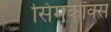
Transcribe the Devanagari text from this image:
सिमकॉक्स